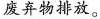
废弃物排放。